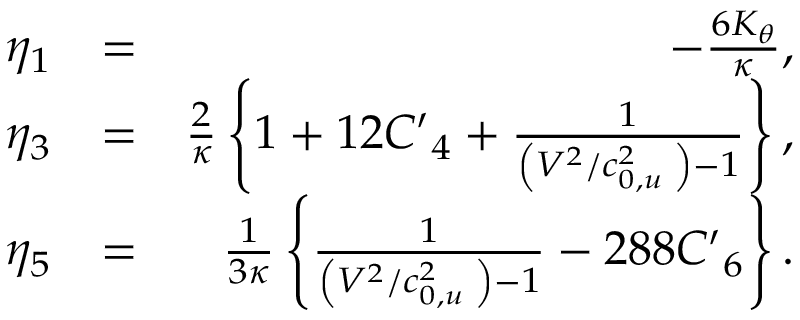
\begin{array} { r l r } { { { \eta } _ { 1 } } } & { = } & { - \frac { 6 { { K } _ { \theta } } } { \kappa } , } \\ { { { \eta } _ { 3 } } } & { = } & { \frac { 2 } { \kappa } \left\{ 1 + 1 2 { { { { C } ^ { \prime } } } _ { 4 } } + \frac { 1 } { \left( { { { V } ^ { 2 } } } / { c _ { 0 , u } ^ { 2 } } \; \right) - 1 } \right\} , } \\ { { { \eta } _ { 5 } } } & { = } & { \frac { 1 } { 3 \kappa } \left\{ \frac { 1 } { \left( { { { V } ^ { 2 } } } / { c _ { 0 , u } ^ { 2 } } \; \right) - 1 } - 2 8 8 { { { { C } ^ { \prime } } } _ { 6 } } \right\} . } \end{array}